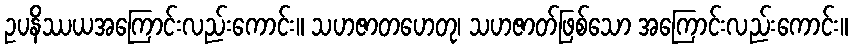
ဥပနိဿယအကြောင်းလည်းကောင်း။ သဟဇာတဟေတု၊ သဟဇာတ်ဖြစ်သော အကြောင်းလည်းကောင်း။